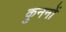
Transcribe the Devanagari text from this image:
कुननों